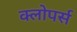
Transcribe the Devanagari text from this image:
क्लोपर्स